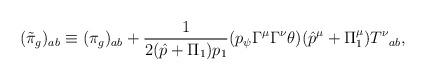
LaTeX: \begin{align*}(\tilde\pi_g)_{ab}\equiv (\pi_g)_{ab}+\frac 1{2(\hat p+\Pi_1)p_1}(p_\psi\Gamma^\mu \Gamma^\nu\theta)(\hat p^\mu+\Pi_1^\mu){T^\nu}_{ab},\end{align*}